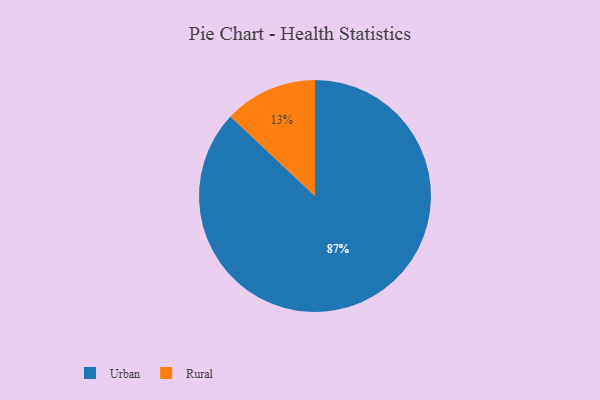
{"axis": {"x": "Category", "y": "Percentage"}, "legend": ["Rural", "Urban"], "data": [{"x": "Urban", "y": 87, "type": "Urban"}, {"x": "Rural", "y": 13, "type": "Rural"}]}